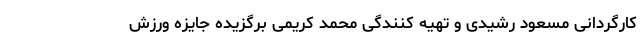
کارگردانی مسعود رشیدی و تهیه کنندگی محمد کریمی برگزیده جایزه ورزش